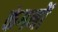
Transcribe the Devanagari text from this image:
कंगनों